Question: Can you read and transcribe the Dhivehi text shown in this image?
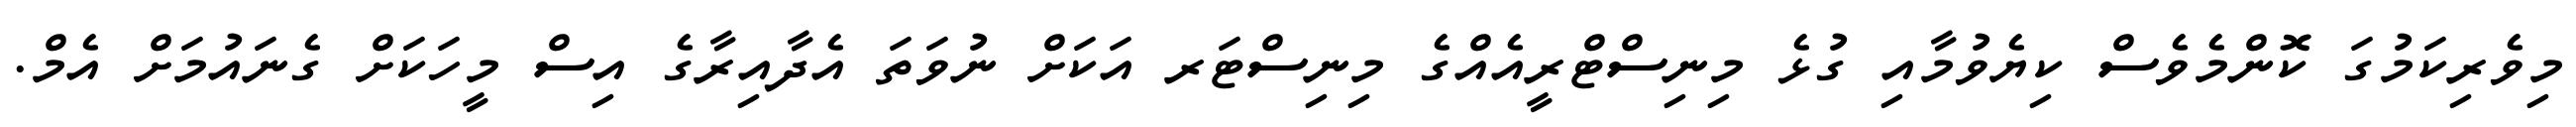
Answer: މިވެރިކަމުގަ ކޮންމެވެސް ކިޔެވުމާއި ގުޅެ މިނިސްޓްރީއެއްގެ މިނިސްޓަރ އަކަށް ނުވަތަ އެދާއިރާގެ އިސް މީހަކަށް ގެނައުމަށް އެމް.